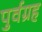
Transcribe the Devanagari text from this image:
पुर्वग्रह